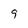
Character: 9